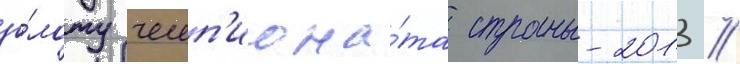
зо́лоту чемп'иона́та страны-2013 //